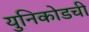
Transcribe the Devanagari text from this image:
युनिकोडची